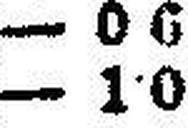
– 1·0